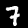
Digit: 7